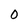
Character: 0